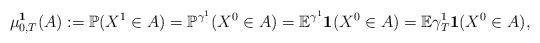
LaTeX: \begin{align*}\mu_{0,T}^\mathbf{1}(A) := \mathbb P(X^1 \in A) = \mathbb P^{\gamma^1} (X^0 \in A)= \mathbb E^{\gamma^1} \mathbf{1}(X^0 \in A)=\mathbb E \gamma^1_T \mathbf{1}(X^0 \in A),\end{align*}